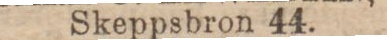
Skeppsbron 44.